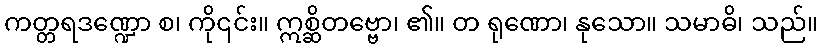
ကတ္တရဒဏ္ဍော စ၊ ကို၎င်း။ ဣစ္ဆိတဗ္ဗော၊ ၏။ တ ရုဏော၊ နုသော။ သမာဓိ၊ သည်။